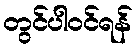
တွင်ပါဝင်ရန်